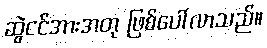
ဆွဲငင်အားအတု ဖြစ်ပေါ်လာသည်။